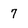
Character: 7